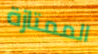
الممتازة